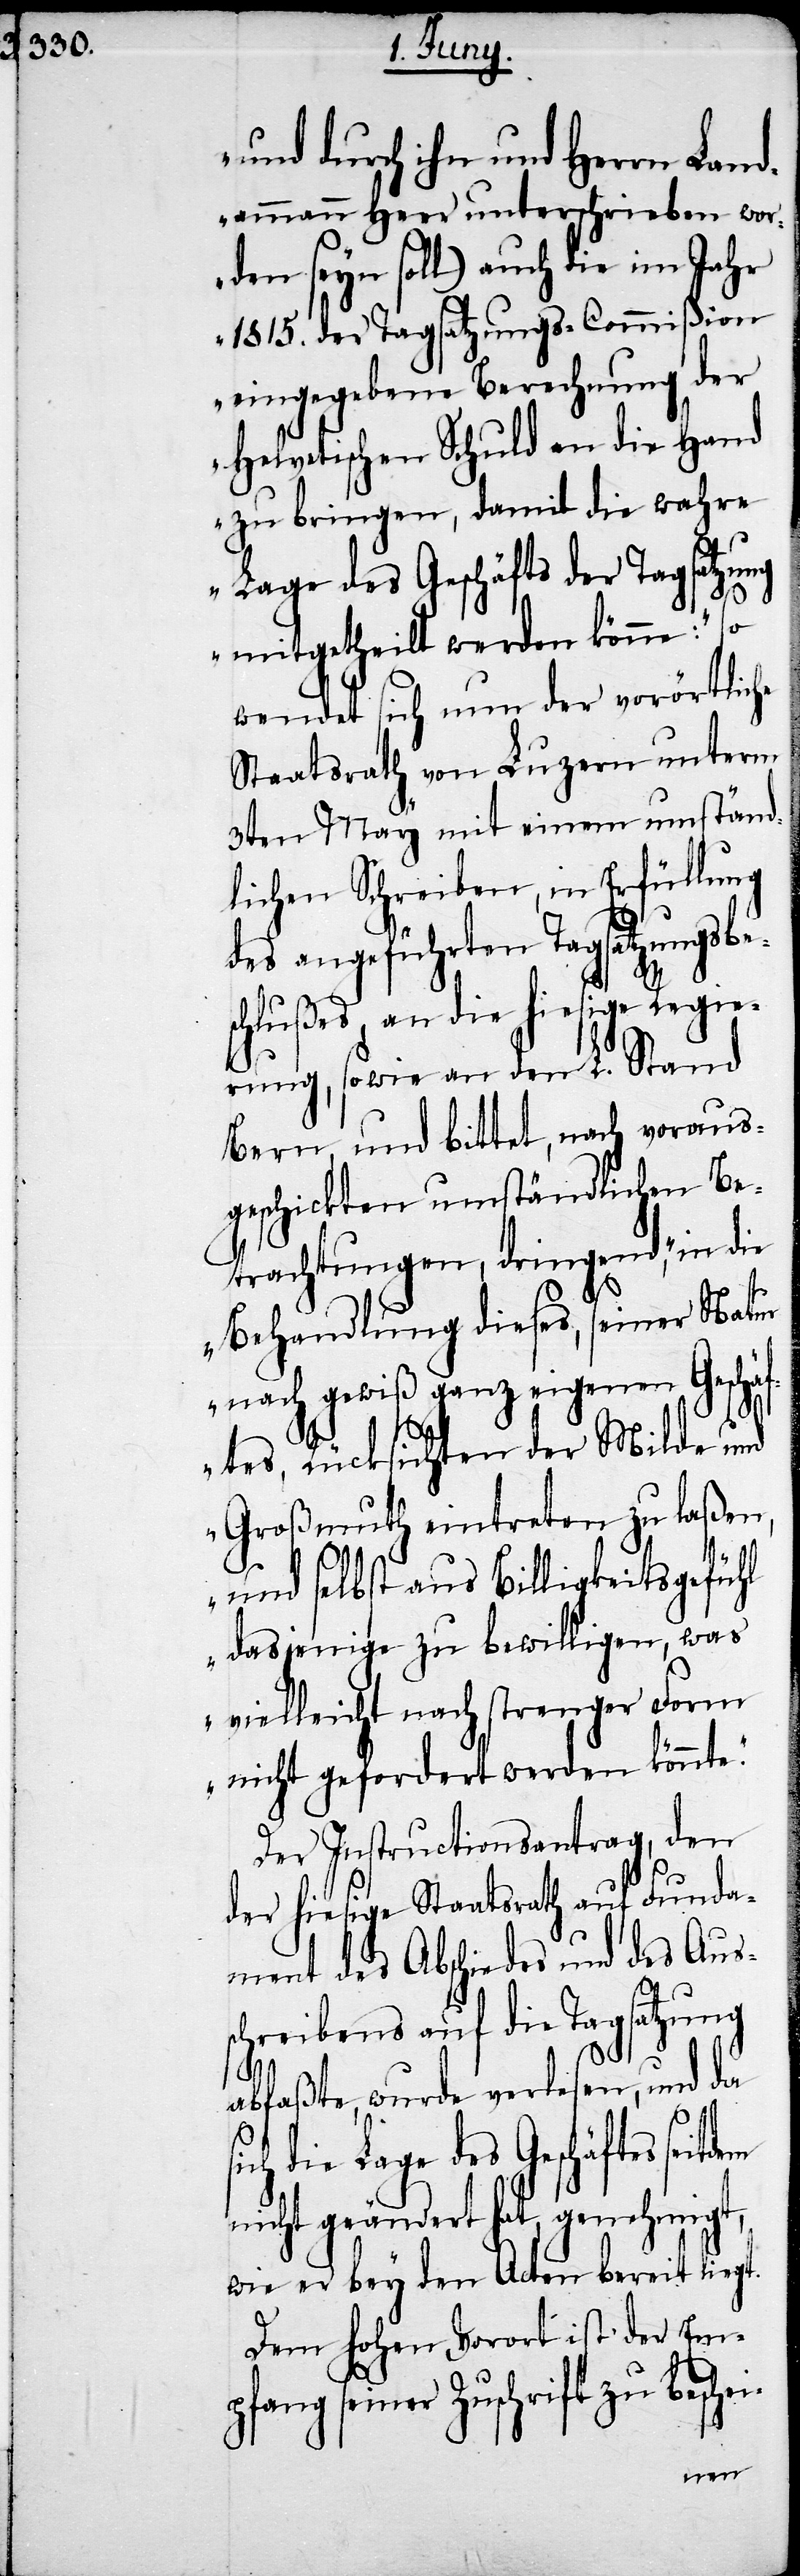
und durch ihn und Herrn Land¬
ammann Herr unterschrieben wor¬
den seyn soll) auch die im Jahr
1815. der Tagsatzungs-Commißion
eingegebene Berechnung der
Helvetischen Schuld an die Hand
zu bringen, damit die wahre
Lage des Geschäfts der Tagsatzung
mitgetheilt werden könne:“ so
wendet sich nun der vorörtliche
Staatsrath von Luzern unterm
3ten May mit einem umständ¬
lichen Schreiben, in Erfüllung
des angeführten Tagsatzungsbes¬
chlußes, an die hiesige Regie¬
rung, sowie an den L. Stand
Bern, und bittet, nach voraus¬
geschickten umständlichen Be¬
trachtungen, dringend, „in die
Behandlung dieses, seiner Natur
nach gewiß ganz eigenen Geschä¬
ftes, Rücksichten der Milde und
Großmuth eintreten zu laßen,
und selbst aus Billigkeitsgefühl
dasjenige zu bewilligen, was
ei-
vielleicht nach strenger Form
nicht gefordert werden könnte.“
Der Instructionsantrag, den
der hiesige Staatsrath auf Funda¬
ment des Abschiedes und des Aus¬
schreibens auf die Tagsatzung
abfaßte, wurde verlesen, und da
nicht geändert hat, genehmigt,
wie er bey den Acten bereit liegt.
Dem hohen Vorort ist der Empf¬
ang seiner Zuschrift zu besch¬